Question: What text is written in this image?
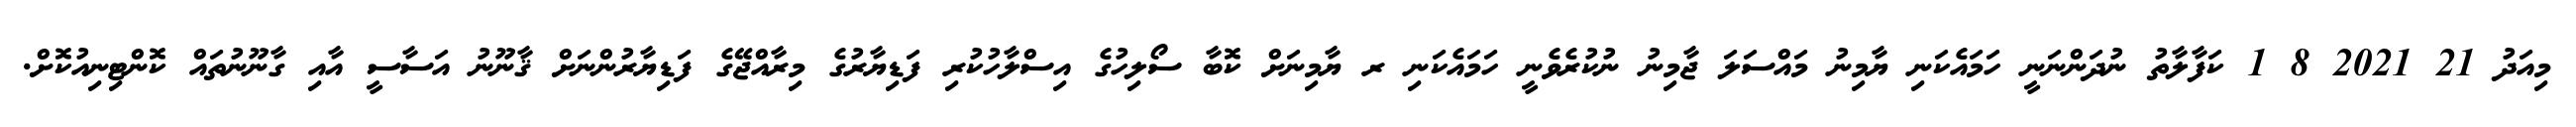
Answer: މިއަދު 21 2021 8 1 ކަފާލާތު ނުދަންނަނީ ހަމައެކަނި ޔާމިނު މައްސަލަ ޖާމިނު ނުކުރެވެނީ ހަމައެކަނި ރ ޔާމިނަށް ކޮބާ ސޯލިހުގެ އިސްލާހުކުރި ފަޑިޔާރުގެ މިރާއްޖޭގެ ފަޑިޔާރުންނަށް ޤާނޫނު އަސާސީ އާއި ގާނޫނުތައް ކޮންޓިނިއުކޮށް.